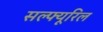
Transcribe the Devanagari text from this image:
सल्फ्यूरिल